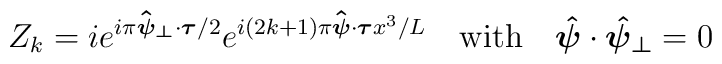
Z_{k} =  i   e^{i\pi \mbox{\boldmath$\hat{\scriptstyle\psi}\scriptstyle_{\perp} $}\cdot\mbox{\boldmath$\scriptstyle\tau$}/2} e^{i(2k+1)\pi\mbox{\boldmath$\hat{\scriptstyle\psi} $}\cdot\mbox{\boldmath$\scriptstyle\tau $}x^{3}/L}\quad\mbox{with}\quad\mbox{\boldmath$\hat{\psi}$}\cdot\mbox{\boldmath$\hat{\psi}_{\perp}$} =0